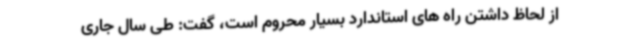
از لحاظ داشتن راه های استاندارد بسیار محروم است، گفت: طی سال جاری